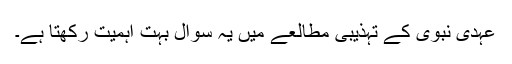
عہدی نبوی کے تہذیبی مطالعے میں یہ سوال بہت اہمیت رکھتا ہے۔